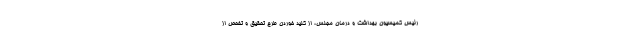
رئیس کمیسیون بهداشت و درمان مجلس، از کلید خوردن طرح تحقیق و تفحص از